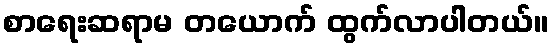
စာရေးဆရာမ တယောက် ထွက်လာပါတယ်။